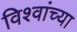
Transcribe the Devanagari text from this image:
विश्वांच्या